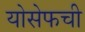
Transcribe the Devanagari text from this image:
योसेफची